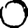
Digit: 0